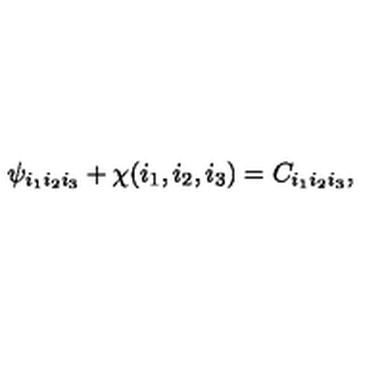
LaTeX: \psi _ { i _ { 1 } i _ { 2 } i _ { 3 } } + \chi ( i _ { 1 } , i _ { 2 } , i _ { 3 } ) = C _ { i _ { 1 } i _ { 2 } i _ { 3 } } ,